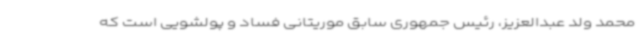
محمد ولد عبدالعزیز، رئیس جمهوری سابق موریتانی فساد و پولشویی است که